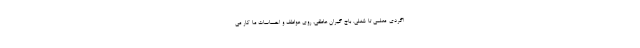
اگردی-معلمی تا شغلی. باج گیران عاطفی، روی عواطف و احساسات ما کار می